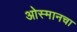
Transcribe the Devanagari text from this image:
ओस्मानचा